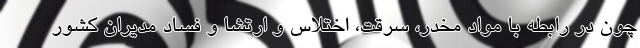
چون در رابطه با مواد مخدر، سرقت، اختلاس و ارتشا و فساد مدیران کشور